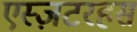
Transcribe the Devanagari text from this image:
एस्ज़टरहस